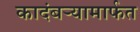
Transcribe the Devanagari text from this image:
कादंबऱ्यामार्फत